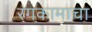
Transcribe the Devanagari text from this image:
रंगकामाचा